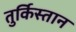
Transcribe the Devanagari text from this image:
तुर्किस्‍तान